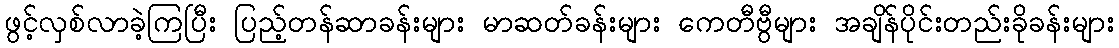
ဖွင့်လှစ်လာခဲ့ကြပြီး ပြည့်တန်ဆာခန်းများ မာဆတ်ခန်းများ ကေတီဗွီများ အချိန်ပိုင်းတည်းခိုခန်းများ